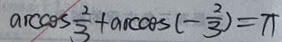
\arccos \frac { 2 } { 3 } + \arccos ( - \frac { 2 } { 3 } ) = \pi